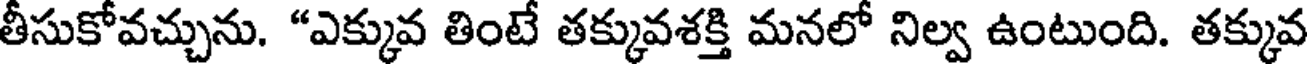
తీసుకోవచ్చును. "ఎక్కువ తింటే తక్కువశక్తి మనలో నిల్వ ఉంటుంది. తక్కువ